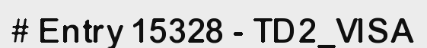
# Entry 15328 - TD2_VISA